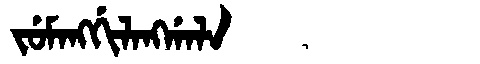
Manchu: ᠵᡠᠮᠠᠩᡤᡳᠯᠠᠩᡤᠠᠯᠠ
Romanization: JUMANGGILANGGALA